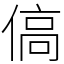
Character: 傐